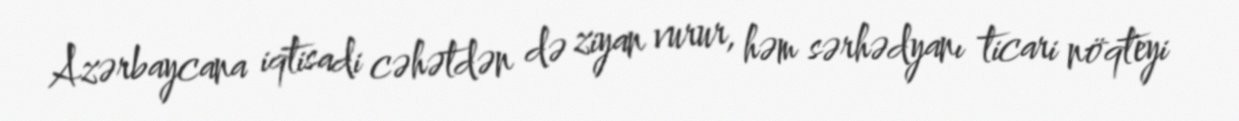
Azərbaycana iqtisadi cəhətdən də ziyan vurur, həm sərhədyanı ticari nöqteyi